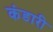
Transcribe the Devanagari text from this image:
कंडारी